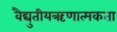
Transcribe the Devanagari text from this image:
वैद्युतीयऋणात्मकता